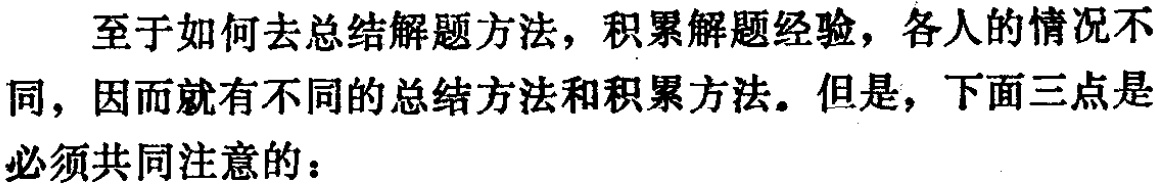
至于如何去总结解题方法，积累解题经验，各人的情况不同，因而就有不同的总结方法和积累方法。但是，下面三点是必须共同注意的：